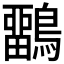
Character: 𪅳